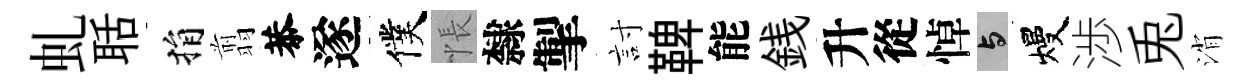
虬聒捐翦恭遂僕悵隸掣討鞞能銭升從悼与熳渉兎消